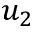
u _ { 2 }